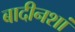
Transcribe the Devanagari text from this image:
बादीनशां